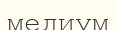
медиум